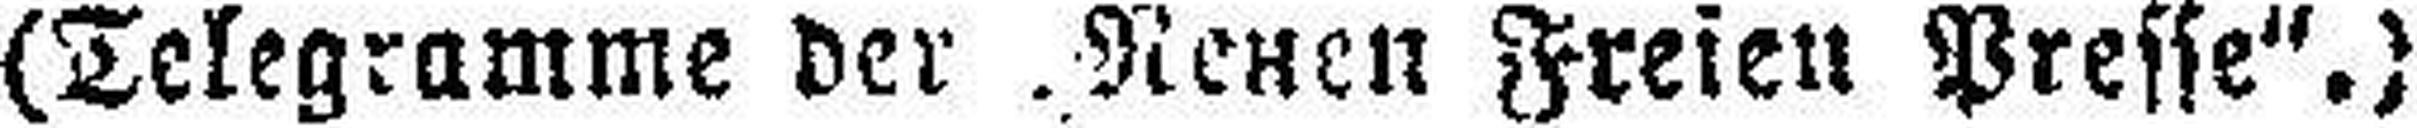
(Telegramme der „Neuen Freien Presse".)